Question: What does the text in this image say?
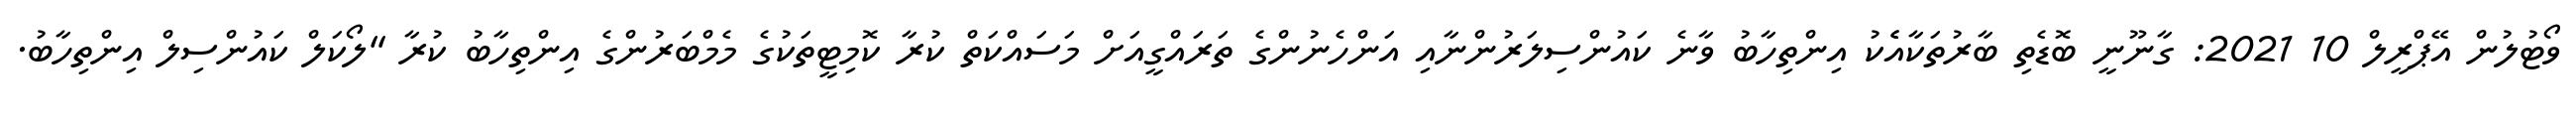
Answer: ވޯޓުލުން އޭޕްރީލް 10 2021: ގާނޫނީ ބޮޑެތި ބާރުތަކާއެެކު އިންތިހާބު ވާނެ ކައުންސިލަރުންނާއި އަންހެނުންގެ ތަރައްގީއަށް މަސައްކަތް ކުރާ ކޮމިޓީތަކުގެ މެމްބަރުންގެ އިންތިހާބު ކުރާ "ލޯކަލް ކައުންސިލް އިންތިހާބު.